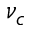
\nu _ { c }